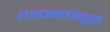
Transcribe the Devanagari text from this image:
॥१॥व्रजमाजग्मतुस्तौ